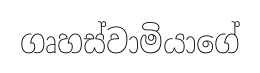
ගෘහස්වාමියාගේ